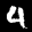
Label: 4